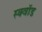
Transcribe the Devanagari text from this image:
स्क्वॉड